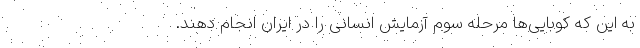
به این که کوبایی‌ها مرحله سوم آزمایش انسانی را در ایران انجام دهند.